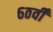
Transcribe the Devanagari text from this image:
६ठवीँ